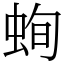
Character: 䖲